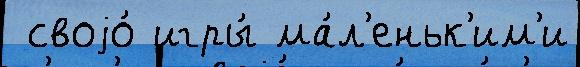
 своjо́ игры́ ма́л'еньк'им'и